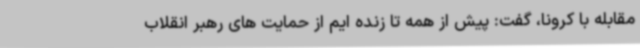
مقابله با کرونا، گفت: پیش از همه تا زنده ایم از حمایت های رهبر انقلاب